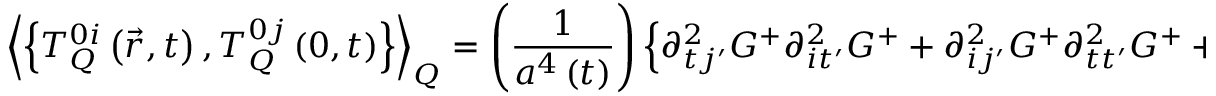
\left\langle \left\{ T _ { Q } ^ { 0 i } \left( \vec { r } , t \right) , T _ { Q } ^ { 0 j } \left( 0 , t \right) \right\} \right\rangle _ { Q } = \left( \frac { 1 } { a ^ { 4 } \left( t \right) } \right) \left\{ \partial _ { t j ^ { \prime } } ^ { 2 } G ^ { + } \partial _ { i t ^ { \prime } } ^ { 2 } G ^ { + } + \partial _ { i j ^ { \prime } } ^ { 2 } G ^ { + } \partial _ { t t ^ { \prime } } ^ { 2 } G ^ { + } + \left( \vec { r } \rightarrow - \vec { r } \right) \right\}